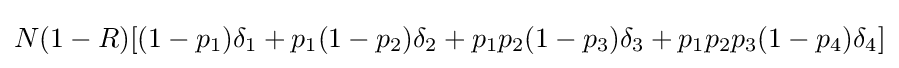
N(1-R)[(1-p_{1})\delta _{1}+p_{1}(1-p_{2})\delta _{2}+p_{1}p_{2}(1-p_{3})\delta _{3}+p_{1}p_{2}p_{3}(1-p_{4})\delta _{4}]